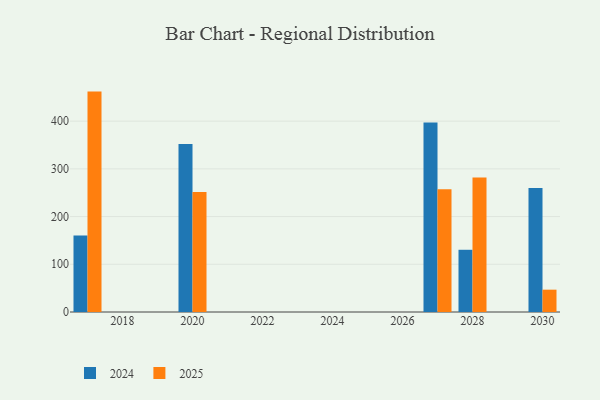
{"axis": {"x": "Year", "y": "Inventory Turnover"}, "legend": ["2024", "2025"], "data": [{"x": "2027", "y": 257.3, "type": "2025"}, {"x": "2027", "y": 396.9, "type": "2024"}, {"x": "2028", "y": 281.9, "type": "2025"}, {"x": "2028", "y": 130.4, "type": "2024"}, {"x": "2020", "y": 251.4, "type": "2025"}, {"x": "2020", "y": 352.2, "type": "2024"}, {"x": "2030", "y": 46.8, "type": "2025"}, {"x": "2030", "y": 259.8, "type": "2024"}, {"x": "2017", "y": 461.9, "type": "2025"}, {"x": "2017", "y": 160.5, "type": "2024"}]}